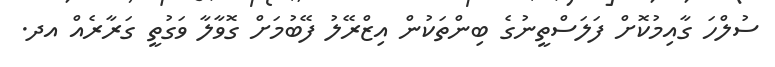
ސުލްހަ ގާއިމުކޮށް ފަލަސްތީނުގެ ބިންތަކުން އިޒްރޭލު ފޭބުމަށް ގޮވާލާ ވަގުތީ ގަރާރެއް އދ.